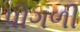
પીગળી